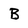
Character: B